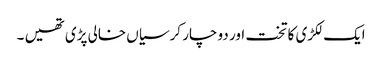
ایک لکڑی کا تخت اور دو چار کرسیاں خالی پڑی تھیں ۔